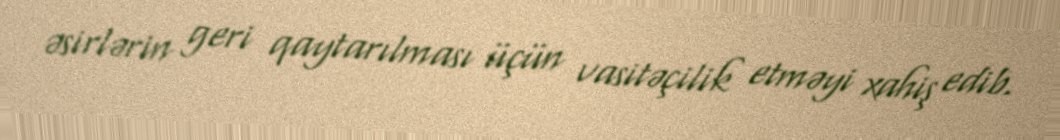
əsirlərin geri qaytarılması üçün vasitəçilik etməyi xahiş edib.